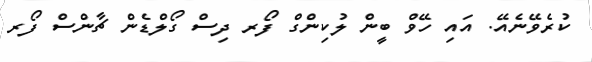
ކުރެވޭނެއޭ. އައި ހޭވް ބީން ލުކިންގް ފޯރ ދިސް ގޯލްޑެން ޗާންސް ފޯރ